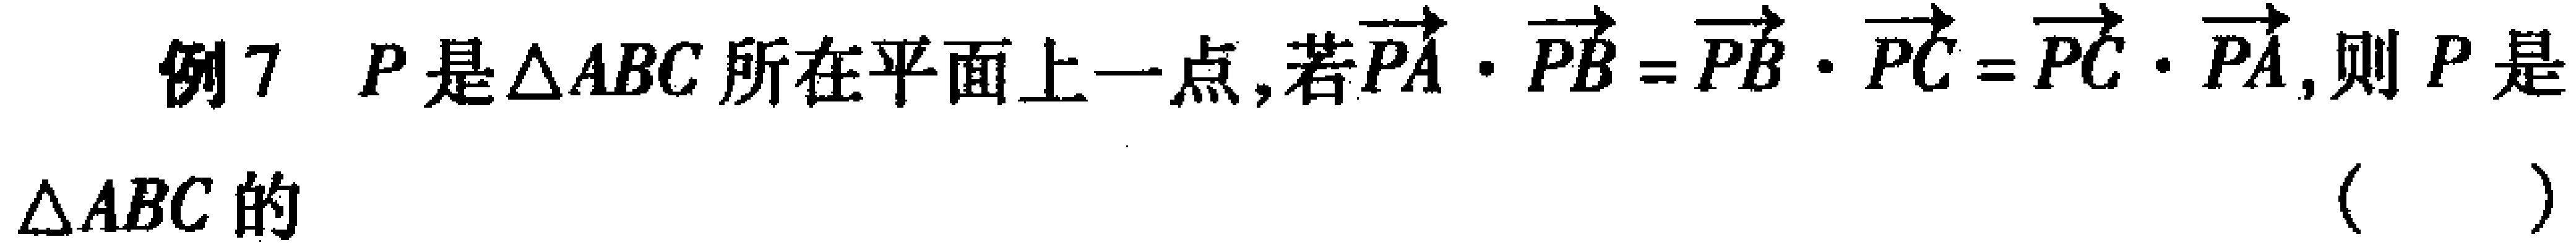
例7 \(P\)是\(\triangle ABC\)所在平面上一点,若\(\overrightarrow{PA}\cdot\overrightarrow{PB}=\overrightarrow{PB}\cdot\overrightarrow{PC}=\overrightarrow{PC}\cdot\overrightarrow{PA}\),则\(P\)是\(\triangle ABC\)的（  ）